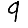
Digit: 9